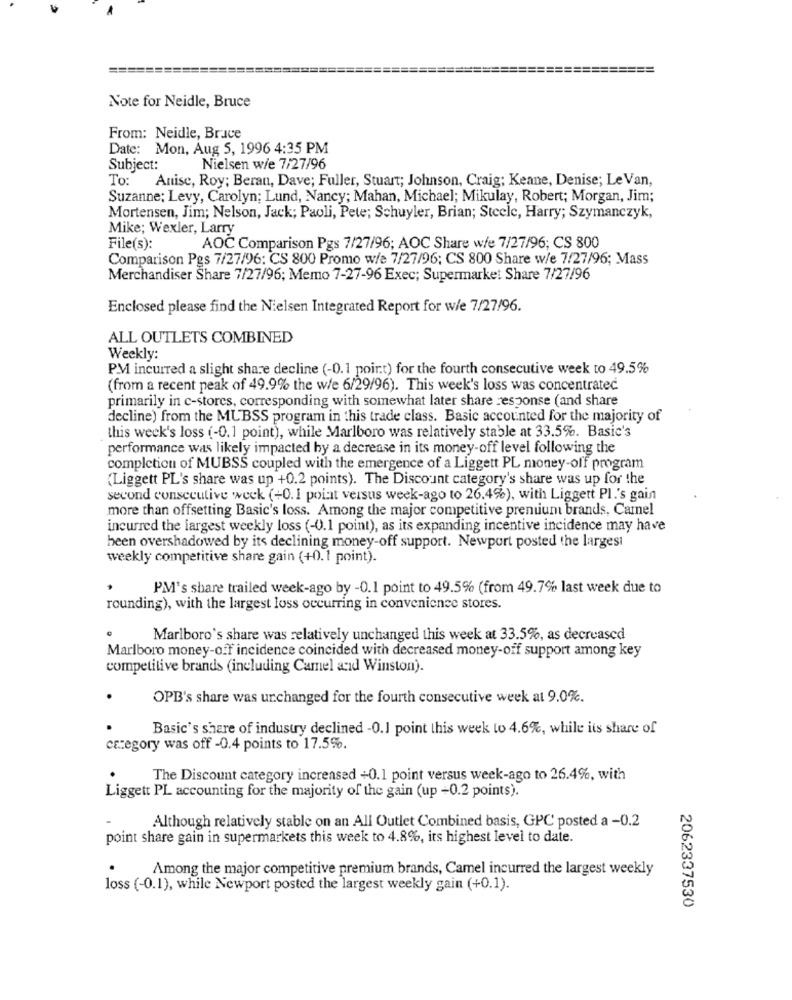
=====================
Note for Neidle, Bruce
From: Neidle, Bruce
Date: Mon, Aug 5, 1996 4:35 PM
Subject:
Nielsen w/e 7/27/96
To:
Anise, Roy; Beran, Dave; Fuller, Stuart; Johnson, Craig; Keane, Denise; Le Van,
Suzanne; Levy, Carolyn; Lund, Nancy; Mahan, Michael; Mikulay, Robert; Morgan, Jim;
Mortensen, Jim; Nelson, Jack; Paoli, Pete; Schuyler, Brian; Steele, Harry; Szymanczyk,
Mike; Wexler, Larry
File(s):
AOC Comparison Pgs 7/27/96; AOC Share w/e 7/27/96; CS 800
Comparison Pgs 7/27/96: CS 800 Promo wie 7/27/96; CS 800 Share w/e 7/27/96; Mass
Merchandiser Share 7/27/96; Memo 7-27-96 Exec; Supermarket Share 7/27/96
Enclosed please find the Nielsen Integrated Report for w/e 7/27/96.
ALL OUTLETS COMBINED
Weekly:
P.M incurred a slight share decline (-0.1 point) for the fourth consecutive week to 49.5%
(from a recent peak of 49.9% the w/e 6/29/96). This week's loss was concentrated
primarily in c-stores, corresponding with somewhat later share response (and share
decline) from the MUBSS program in this trade class. Basic accounted for the majority of
this week's loss (-0.1 point), while Marlboro was relatively stable at 33.5%. Basic's
performance was likely impacted by a decrease in its money-off level following the
completion of MUBSS coupled with the emergence of a Liggett PL money-off program
(Liggett PL's share was up +0.2 points). The Discount category's share was up for the
second consecutive week (+0.1 point versus week-ago to 26.4%), with Liggett Pl.'s gain
more than offsetting Basic's loss. Among the major competitive prenium brands, Carnel
incurred the largest weekly loss (-0.1 point), as its expanding incentive incidence may have
been overshadowed by its declining money-off support. Newport posted the largest
weekly competitive share gain (+0.1 point).
PM's share trailed week-ago by -0.1 point to 49.5% (from 49.7% last week due to
rounding), with the largest loss occurring in convenience stores.
Marlboro's share was relatively unchanged this week at 33.5%, as decreased
Marlboro money-off incidence coincided with decreased money-off support among key
competitive brands (including Camel and Winston).
.
OPE's share was unchanged for the fourth consecutive week at 9.0%.
Basic's share of industry declined -0.1 point this week to 4.6%, while its share of
czegory was off -0.4 points to 17.5%.
The Discount category increased +0.1 point versus week-ago to 26.4%, with
Liggett PL accounting for the majority of the gain (up +0.2 points).
Although relatively stable on an All Outlet Combined basis, GPC posted a -0.2
point share gain in supermarkets this week to 4.8%, its highest level to date.
Among the major competitive premium brands, Camel incurred the largest weekly
loss (-0.1), while Newport posted the largest weekly gain (+0.1).
2062337530